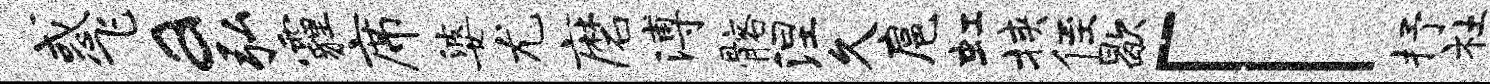
惑飞a弘霾席婆尤磨溥髂涅久扈虹挟侄歇「抒社